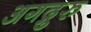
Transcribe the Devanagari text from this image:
अगद्गुरु